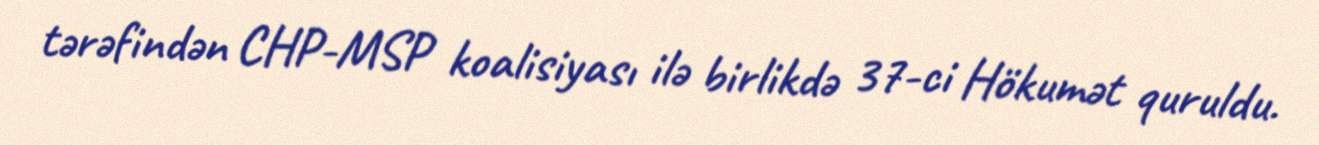
tərəfindən CHP-MSP koalisiyası ilə birlikdə 37-ci Hökumət quruldu.